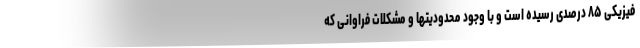
فیزیکی ۸۵ درصدی رسیده است و با وجود محدودیتها و مشکلات فراوانی که